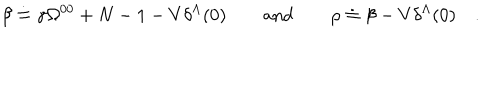
\beta \doteq \gamma \Omega ^ { 0 0 } + N - 1 - V \delta ^ { \Lambda } ( 0 ) \qquad \mathrm { a n d } \qquad \rho \doteq \beta - V \delta ^ { \Lambda } ( 0 ) \quad .